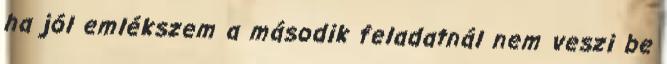
ha jól emlékszem a második feladatnál nem veszi be